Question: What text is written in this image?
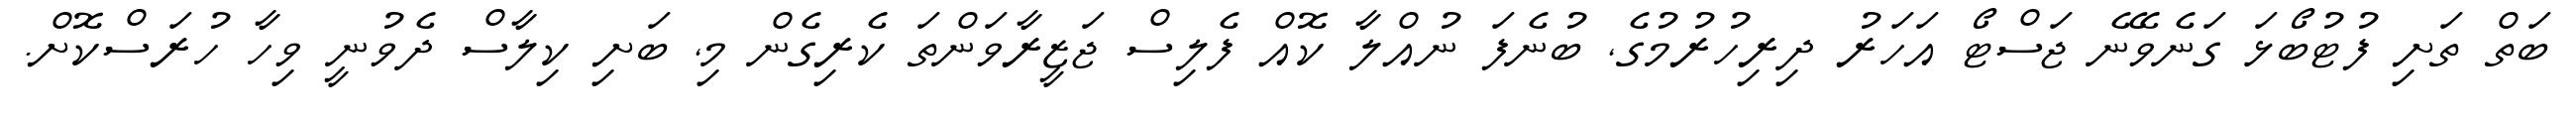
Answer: ބަތް ތަށި ފުޓުބޯޅަ ގަނެވޭނެ ޖަސްޓޯ އަހަރު ދިރިހުރުމުގެ, ބުނެފަ ނުއްލާ ކޮއް ފެލިސް ޖަޒީރާވަންތަ ކެރިގެން މި, ބަށި ކިލާސް ދެވުނީ ވިހާ ހުރަސްކޮށް.